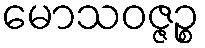
မောသဝဇ္ဇဉ္စ